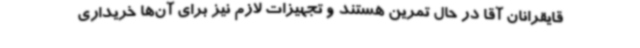
قایقرانان آقا در حال تمرین هستند و تجهیزات لازم نیز برای آن‌ها خریداری